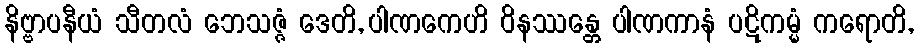
နိဗ္ဗာပနီယံ သီတလံ ဘေသဇ္ဇံ ဒေတိ, ပါဏကေဟိ ဝိနဿန္တေ ပါဏကာနံ ပဋိကမ္မံ ကရောတိ,